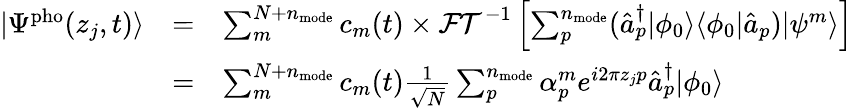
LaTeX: \begin{array}{ccl}{|\Psi^{\mathrm{pho}}(z_{j},t)\rangle}&{=}&{\sum_{m}^{N+n_{\mathrm{mode}}}c_{m}(t)\times\mathcal{FT}^{-1}\left[\sum_{p}^{n_{\mathrm{mode}}}(\hat{a}_{p}^{\dagger}|\phi_{0}\rangle\langle\phi_{0}|\hat{a}_{p})|\psi^{m}\rangle\right]}\\ &{=}&{\sum_{m}^{N+n_{\mathrm{mode}}}c_{m}(t)\frac{1}{\sqrt N}\sum_{p}^{n_{\mathrm{mode}}}\alpha_{p}^{m}e^{i2\pi z_{j}p}\hat{a}_{p}^{\dagger}|\phi_{0}\rangle}\end{array}